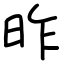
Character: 昨